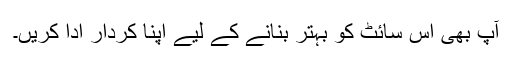
آپ بھی اس سائٹ کو بہتر بنانے کے لیے اپنا کردار ادا کریں۔